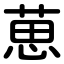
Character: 葸